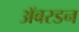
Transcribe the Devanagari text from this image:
ॲबरडन